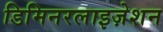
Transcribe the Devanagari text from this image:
डिमिनरलाइज़ेशन